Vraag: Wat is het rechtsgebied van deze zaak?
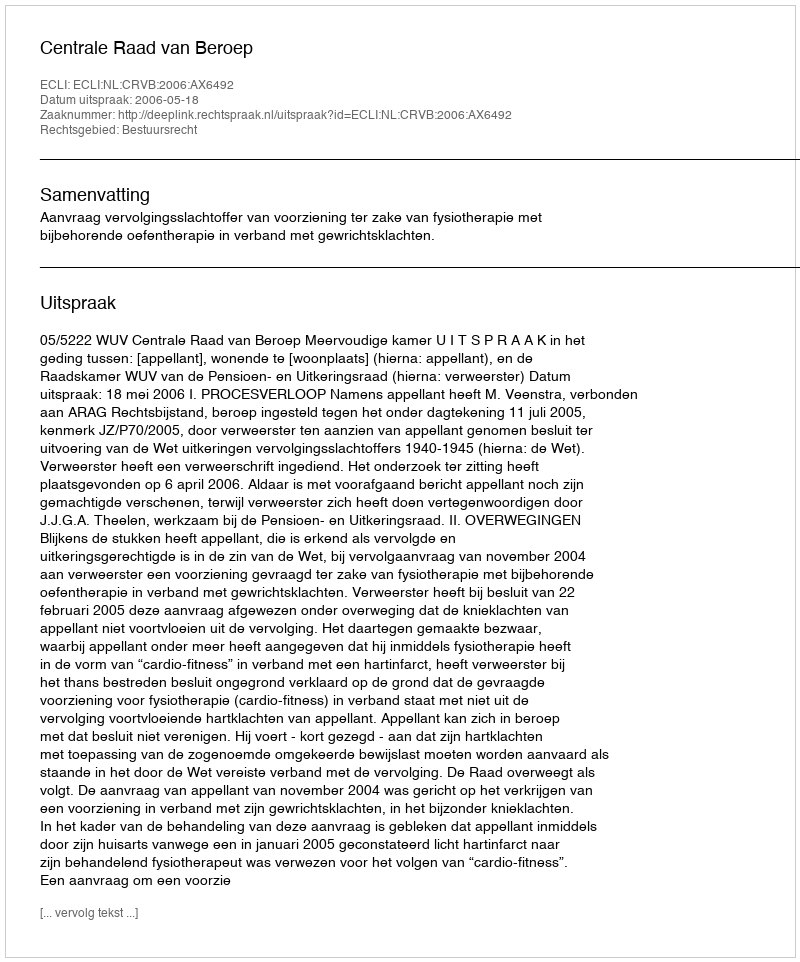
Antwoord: Bestuursrecht